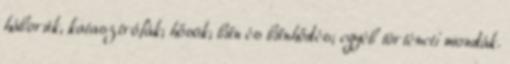
háborúk, katasztrófák; hősök; bűn és bűnhődés; egyéb történeti mondák.